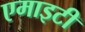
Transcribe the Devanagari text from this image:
एमाइटी